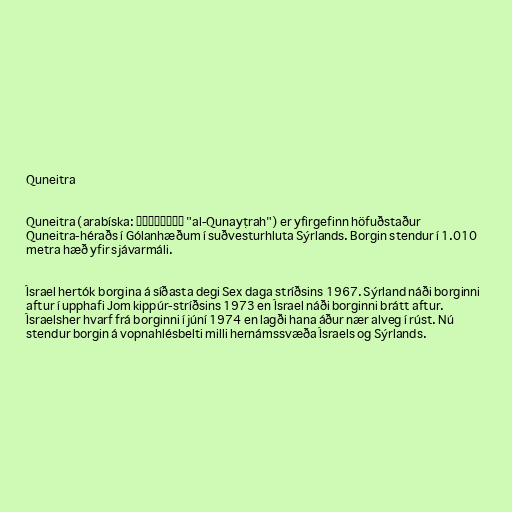
Quneitra

Quneitra (arabíska: القنيطرة‎ "al-Qunayṭrah") er yfirgefinn höfuðstaður
Quneitra-héraðs í Gólanhæðum í suðvesturhluta Sýrlands. Borgin stendur í 1.010
metra hæð yfir sjávarmáli.

Ísrael hertók borgina á síðasta degi Sex daga stríðsins 1967. Sýrland náði borginni
aftur í upphafi Jom kippúr-stríðsins 1973 en Ísrael náði borginni brátt aftur.
Ísraelsher hvarf frá borginni í júní 1974 en lagði hana áður nær alveg í rúst. Nú
stendur borgin á vopnahlésbelti milli hernámssvæða Ísraels og Sýrlands.